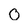
Character: 0